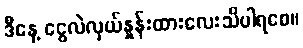
ဒီနေ့ ငွေလဲလှယ်နှုန်းထားလေးသိပါရစေ။